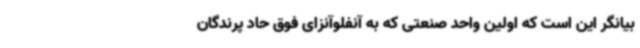
بیانگر این است که اولین واحد صنعتی که به آنفلوآنزای فوق حاد پرندگان